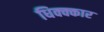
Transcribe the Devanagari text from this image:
धिक्क्कार